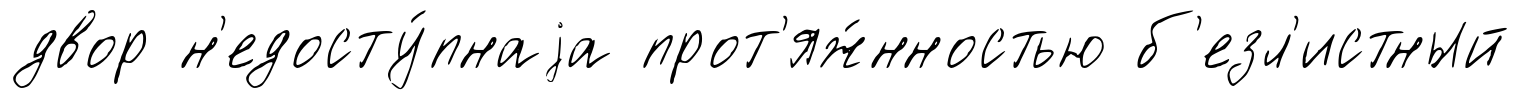
двор н'едосту́пнаjа прот'яж́нностью б'езл'истный